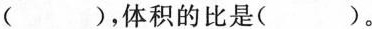
( )，体积的比是( )。